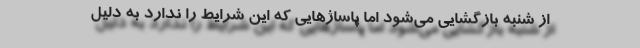
از شنبه بازگشایی می‌شود اما پاساژهایی که این شرایط را ندارد به دلیل